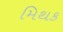
મિથક